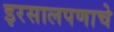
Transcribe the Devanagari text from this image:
इरसालपणाचे